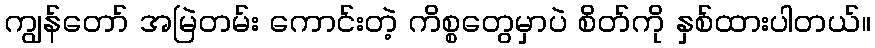
ကျွန်တော် အမြဲတမ်း ကောင်းတဲ့ ကိစ္စတွေမှာပဲ စိတ်ကို နှစ်ထားပါတယ်။